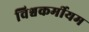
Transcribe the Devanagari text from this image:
विश्वकर्मीयम